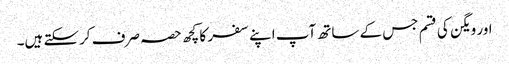
اور ویگن کی قسم جس کے ساتھ آپ اپنے سفر کا کچھ حصہ صرف کرسکتے ہیں۔